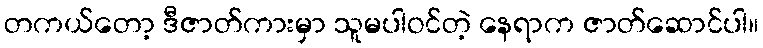
တကယ်တော့ ဒီဇာတ်ကားမှာ သူမပါဝင်တဲ့ နေရာက ဇာတ်ဆောင်ပါ။